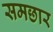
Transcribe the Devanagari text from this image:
समछार